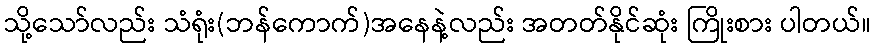
သို့သော်လည်း သံရုံး(ဘန်ကောက်)အနေနဲ့လည်း အတတ်နိုင်ဆုံး ကြိုးစား ပါတယ်။